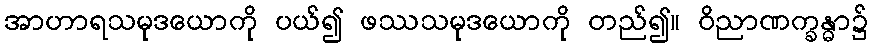
အာဟာရသမုဒယောကို ပယ်၍ ဖဿသမုဒယောကို တည်၍။ ဝိညာဏက္ခန္ဓာ၌